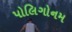
પોલિગોનમ